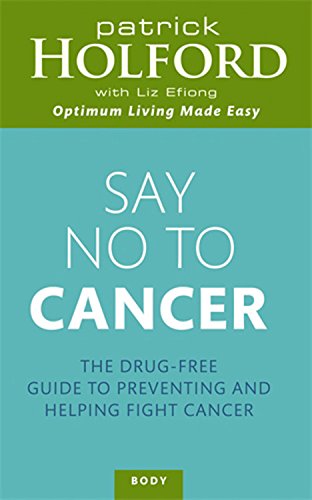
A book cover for Say No to Cancer: The Drug-free Guide to Preventing and Helping Fight Cancer; Patrick Holford; Health, Fitness & Dieting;